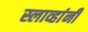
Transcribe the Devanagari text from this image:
स्लाव्हांनी